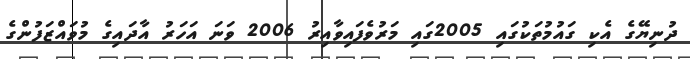
ދުނިޔޭގެ އެކި ގައުމުތަކުގައި 2005ގައި މަރުވެފައިވާއިރު 2006 ވަނަ އަހަރު އާދައިގެ މުވައްޒަފުންގެ